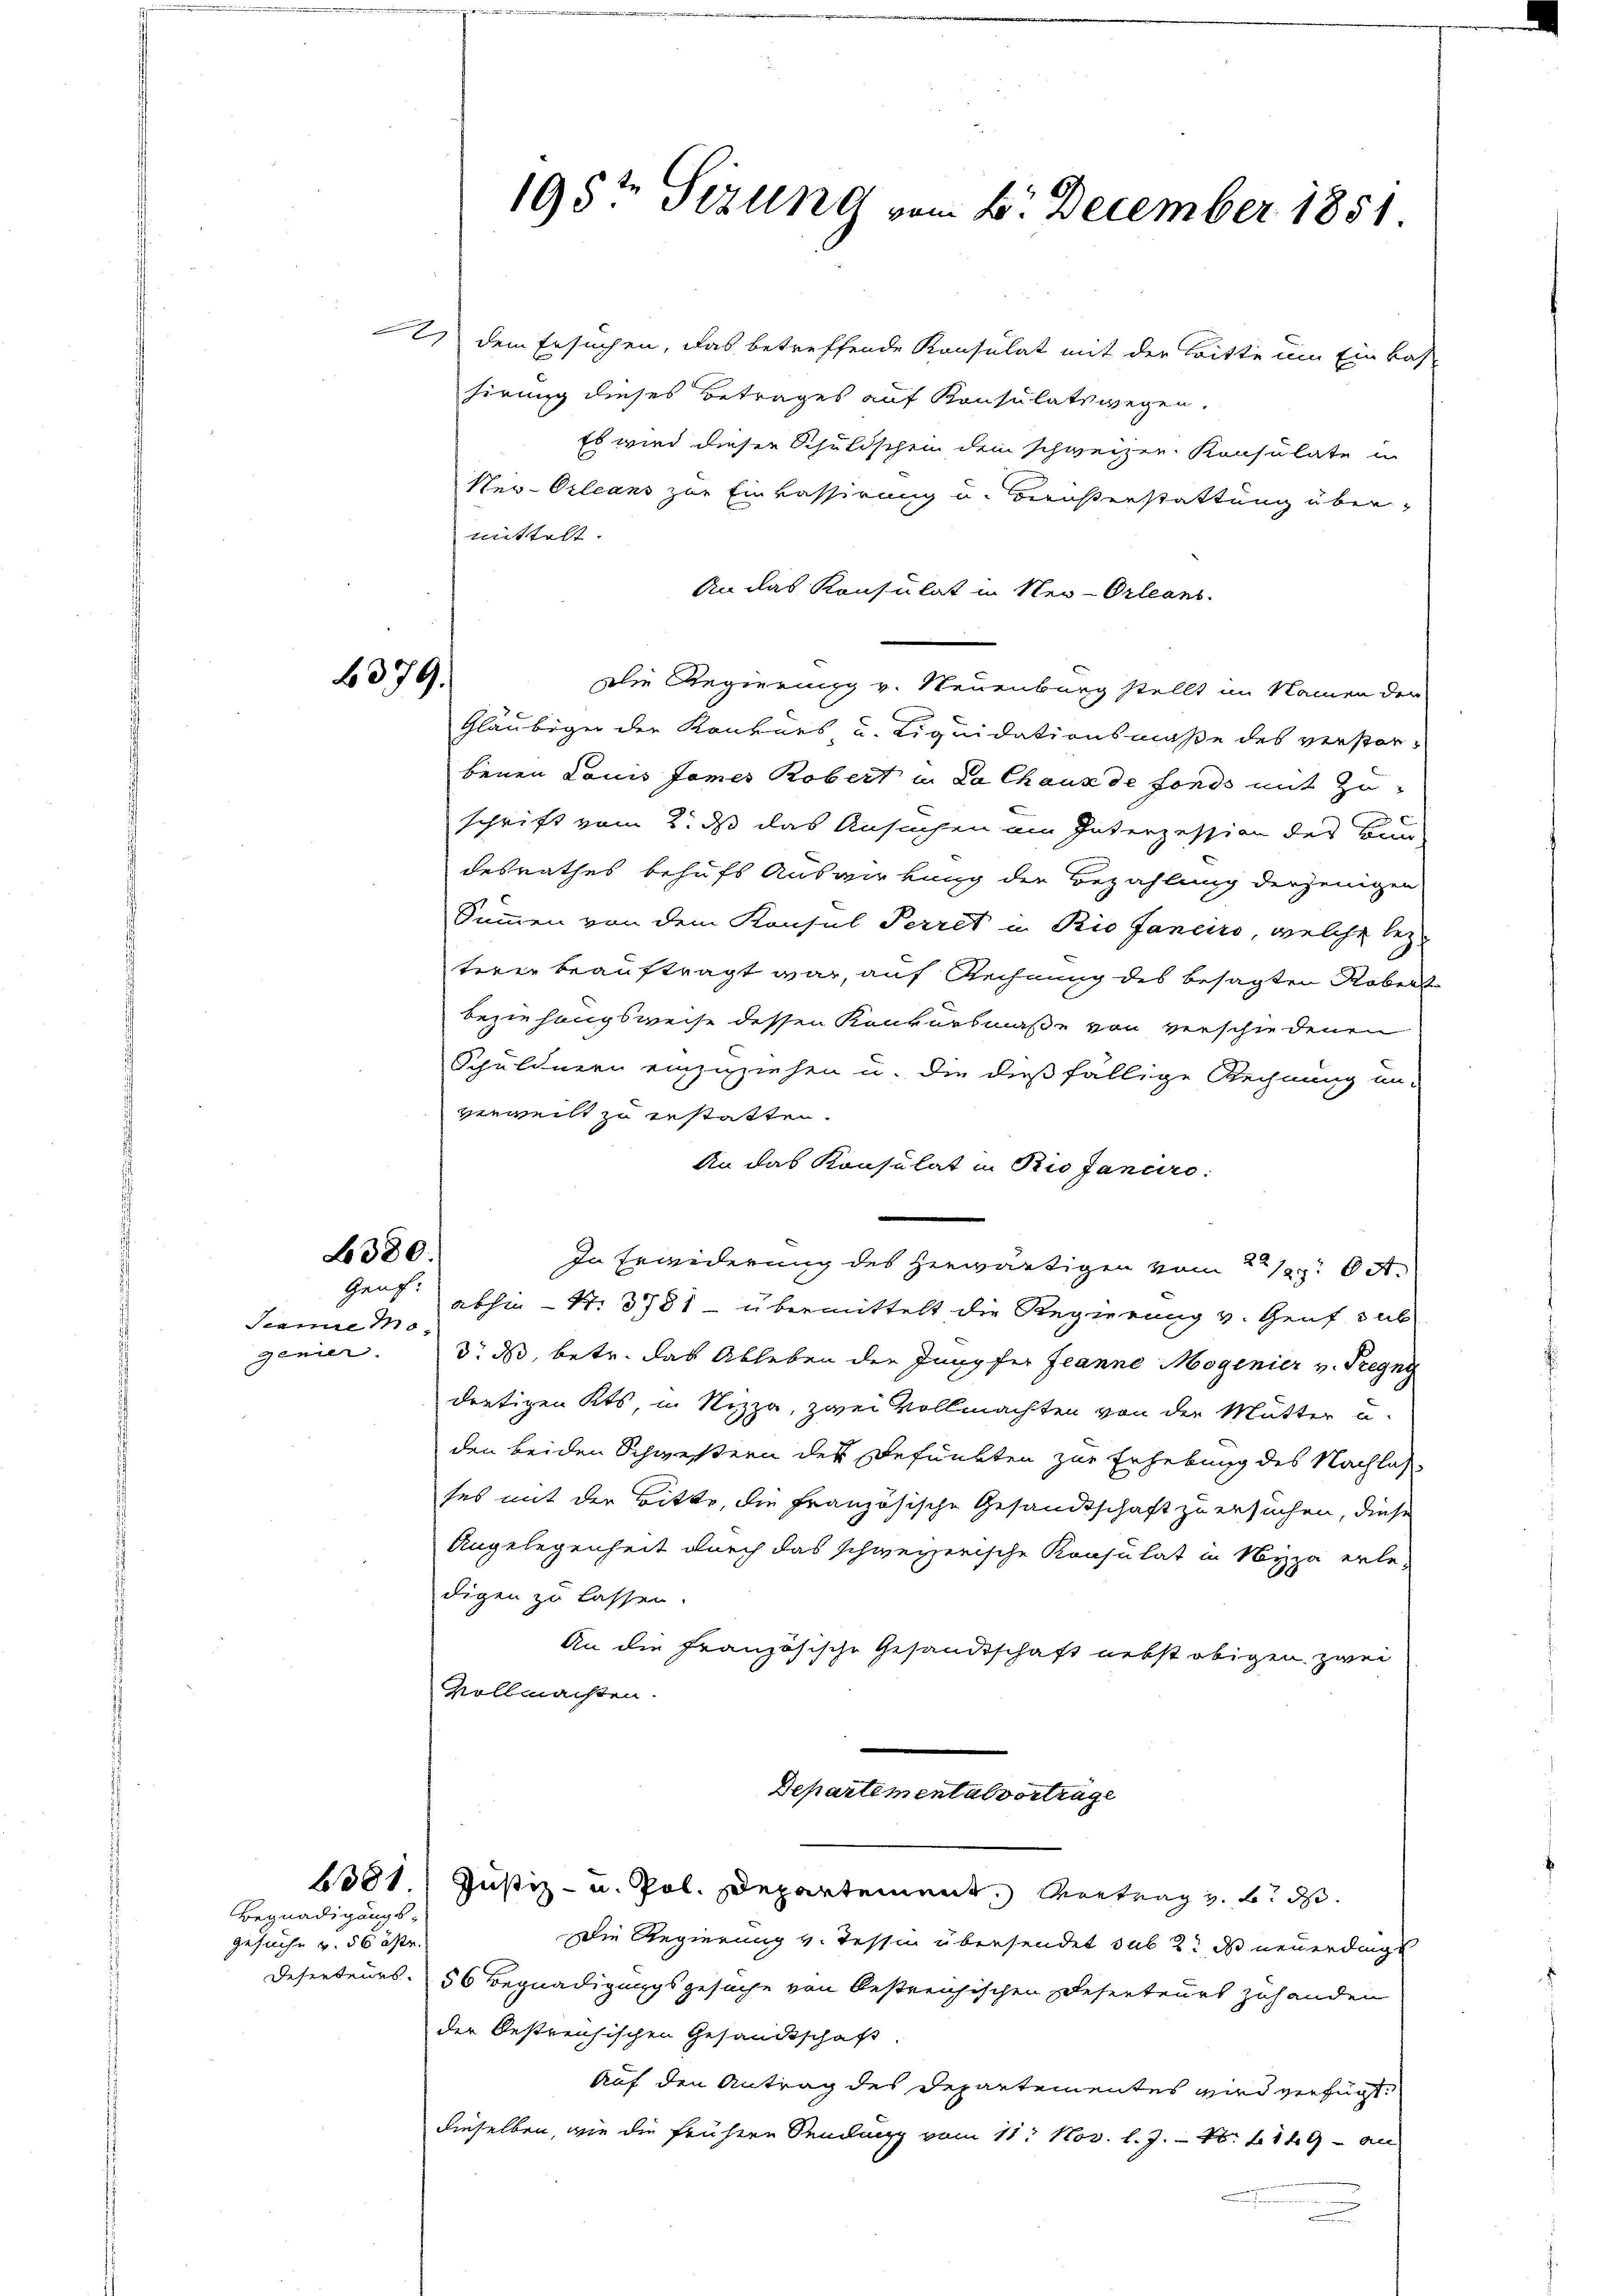
b379.

2. dem Ersuchen, das betreffende Konsulat mit der Bitte um Einkas-
hirung dieses Betrages auf Konsulatswegen.
Es wird dieser Schuldschein dem schweizen Konsulate in
Neu-Orleans zur Einkassirung u. Berusterstattung übermittelt.
An das Konsulat in Neu-Orleans
Die Regierung v. Neuenburg stellt im Namen der
Gläubiger der Konkurs u. Liquidationsmaße des verstor-
benen Louis James Robert in da Chaux de fonds mit Zuschrift vom 2. ds das Ansuchen am Interzession des Bun-
desrathes behufs Auswirkung der Bezahlung derjenigen
Summen von dem Konsul Perret in Rio fanciro, welche lezteren beauftragt war, auf Rechnung des besagten Roben
beziehungsweise dessen Konkursmaße von verschiedenen
Schuldnern einzuziehen u. die dießfällige Rechnung un-
verweilt zu gestatten.
An das Konsulat in Rio Janeiro
In Erwiederung des herwärtigen vom 21. A.
Genf abhin - St. 3781 - übermittelt die Regierung v. Genf sub
d. ds, betr. das Ableben der Jungfer Jeanne Mogenier v. Segn
drütigen Kts, in Nizza, zwei Vollmachten von der Mutter u.
den beiden Schwestern des Befunkten zur Erhebung des Nachlas
ses mit der Bitte, die französische Gesandtschaft zu ersuchen, diese
Angelegenheit durch das schweizerische Konsulat in Nizza erle-
digen zu lassen.
An die Französische Gesandtschaft nebst obigen zwei
Vollmachten.
Departemental vortrage
4381. Justiz- u. Pol. Departement. Vortrag z. B. d
Die Regierung v. Tessin übersendet sub 2. ds neuerdingt
Deserteurs. 56 Begnadigungsgesuche von bestreichischen Deserteurs zuhanden
der Oestreichischen Gesandtschaft
Auf den Antrag des Departementes wird verfügt:
dieselben, wie die frühere Sendung vom 11. Nov. l. J. 16. 1149 - an

L380.

Scame Mogenier.

Begnadigungs-
gesuche u. 56 öste.

195t Sizung vom 6. December 1851